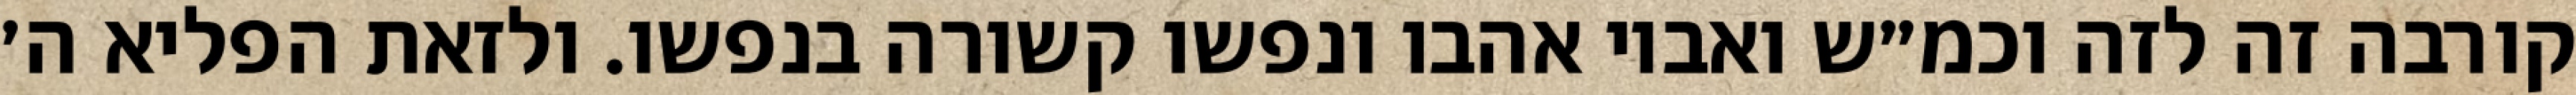
קורבה זה לזה וכמ״ש ואביו אהבו ונפשו קשורה בנפשו. ולזאת הפליא ה׳